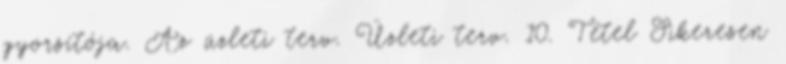
gyorsítója. Az üzleti terv. Üzleti terv. 10. Tétel Sikeresen